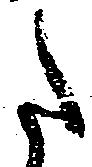
た